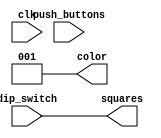
module user_logic(clk, push_buttons, dip_switch, color, squares);
	input clk;
	input [1:0] push_buttons;
	input [3:0] dip_switch;
	
	output [2:0] color = 1; // 001 ; r-0 g-0 b-1  (BLUE)
	output [3:0] squares;
	
	reg [2:0] color = 1;


	assign squares = dip_switch;
	
        always @(posedge clk)
         begin
           if (push_buttons[0])
			  color <=color +1;
			  else if (push_buttons[1])
			  color <= color - 1;
			  
			  else
			  color <=color;
           
           
         end
endmodule